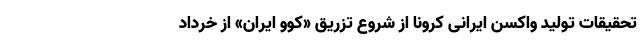
تحقیقات تولید واکسن ایرانی کرونا از شروع تزریق «کوو ایران» از خرداد